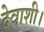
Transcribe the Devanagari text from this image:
देवाशी।